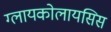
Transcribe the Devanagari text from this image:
ग्लायकोलायसिस